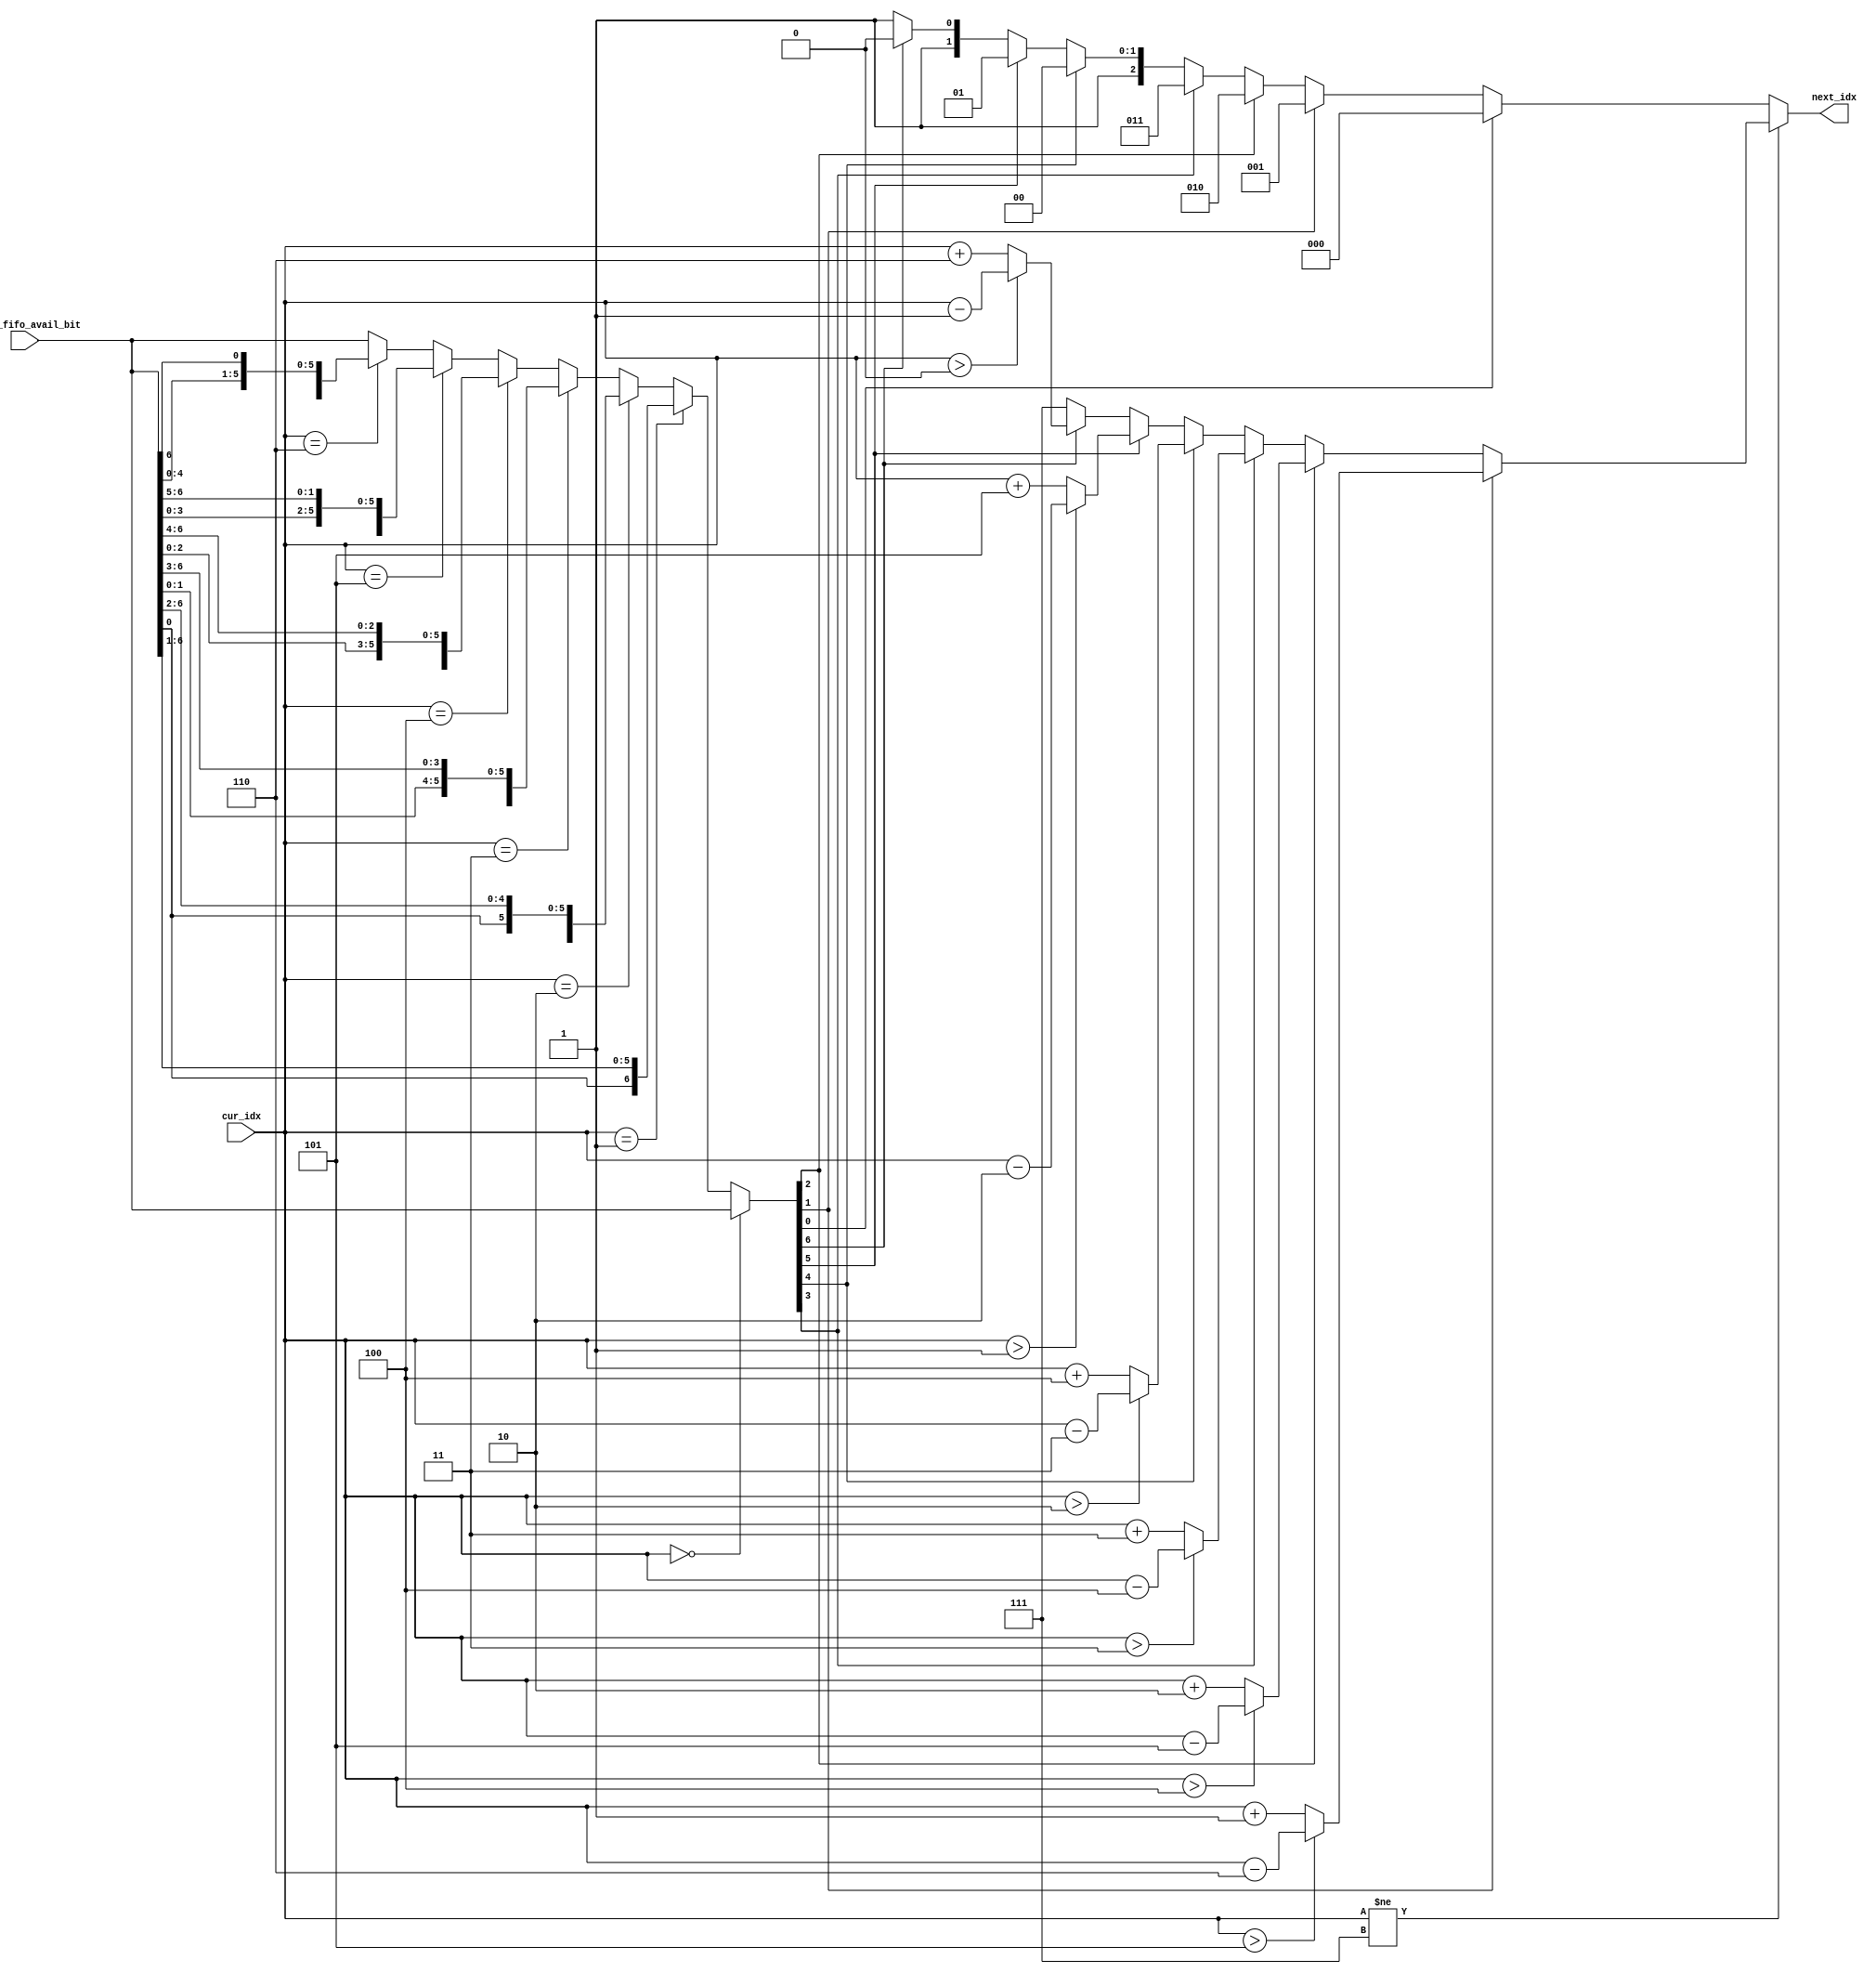
//Purpose: find the index of the next available inputs
//find the index of next 1 in the seven_fifo_avail_bit from the position of cur_idx
//Organization: CAAD lab @ Boston University
//Start date: Mar 2nd 2015
//
//
module find_next_reduction(
    input [6:0] seven_fifo_avail_bit,
    input [2:0] cur_idx, //cur_idx must be one of 0,1,2,3,4,5,6
    output reg [2:0] next_idx
);
    reg [6:0] shift_to_cur_idx; //shift the cur_idx to the right most bit
    always@(*) begin
        if(cur_idx==3'd0) begin
            shift_to_cur_idx=seven_fifo_avail_bit;
        end
        else if(cur_idx==3'd1) begin
            shift_to_cur_idx={seven_fifo_avail_bit[0],seven_fifo_avail_bit[6:1]};
        end
        else if(cur_idx==3'd2) begin
            shift_to_cur_idx={seven_fifo_avail_bit[1:0],seven_fifo_avail_bit[6:2]};
        end
        else if(cur_idx==3'd3) begin
            shift_to_cur_idx={seven_fifo_avail_bit[2:0],seven_fifo_avail_bit[6:3]};
        end
        else if(cur_idx==3'd4) begin
            shift_to_cur_idx={seven_fifo_avail_bit[3:0],seven_fifo_avail_bit[6:4]};
        end
        else if(cur_idx==3'd5) begin
            shift_to_cur_idx={seven_fifo_avail_bit[4:0],seven_fifo_avail_bit[6:5]};
        end
        else if(cur_idx==3'd6) begin
            shift_to_cur_idx={seven_fifo_avail_bit[5:0],seven_fifo_avail_bit[6]};
        end
        else begin
            shift_to_cur_idx=seven_fifo_avail_bit;
        end
    end


    always@(*) begin
        if(cur_idx!=7) begin 
            if(shift_to_cur_idx[1]) begin
                next_idx=(cur_idx>5)?cur_idx-6:cur_idx+1;
            end
            else if(shift_to_cur_idx[2]) begin
                next_idx=(cur_idx>4)?cur_idx-5:cur_idx+2;

            end
            else if(shift_to_cur_idx[3]) begin
                next_idx=(cur_idx>3)?cur_idx-4:cur_idx+3;
            end
            else if(shift_to_cur_idx[4]) begin
                next_idx=(cur_idx>2)?cur_idx-3:cur_idx+4;
            end
            else if(shift_to_cur_idx[5]) begin
                next_idx=(cur_idx>1)?cur_idx-2:cur_idx+5;

            end
            else if(shift_to_cur_idx[6]) begin
                next_idx=(cur_idx>0)?cur_idx-1:cur_idx+6;
            end
            else begin
                next_idx=7;
            end
        end
        else begin// this means the the shift_to_cur_idx is the same as the seven_fifo_avail_bit
            if(shift_to_cur_idx[0]) begin
                next_idx=0;
            end
            else if(shift_to_cur_idx[1]) begin
                next_idx=1;
            end
            else if(shift_to_cur_idx[2]) begin
                next_idx=2;
            end
            else if(shift_to_cur_idx[3]) begin
                next_idx=3;
            end
            else if(shift_to_cur_idx[4]) begin
                next_idx=4;
            end
            else if(shift_to_cur_idx[5]) begin
                next_idx=5;
            end
            else if(shift_to_cur_idx[6]) begin
                next_idx=6;
            end
            else begin
                next_idx=7;
            end
        end
    end


    

endmodule